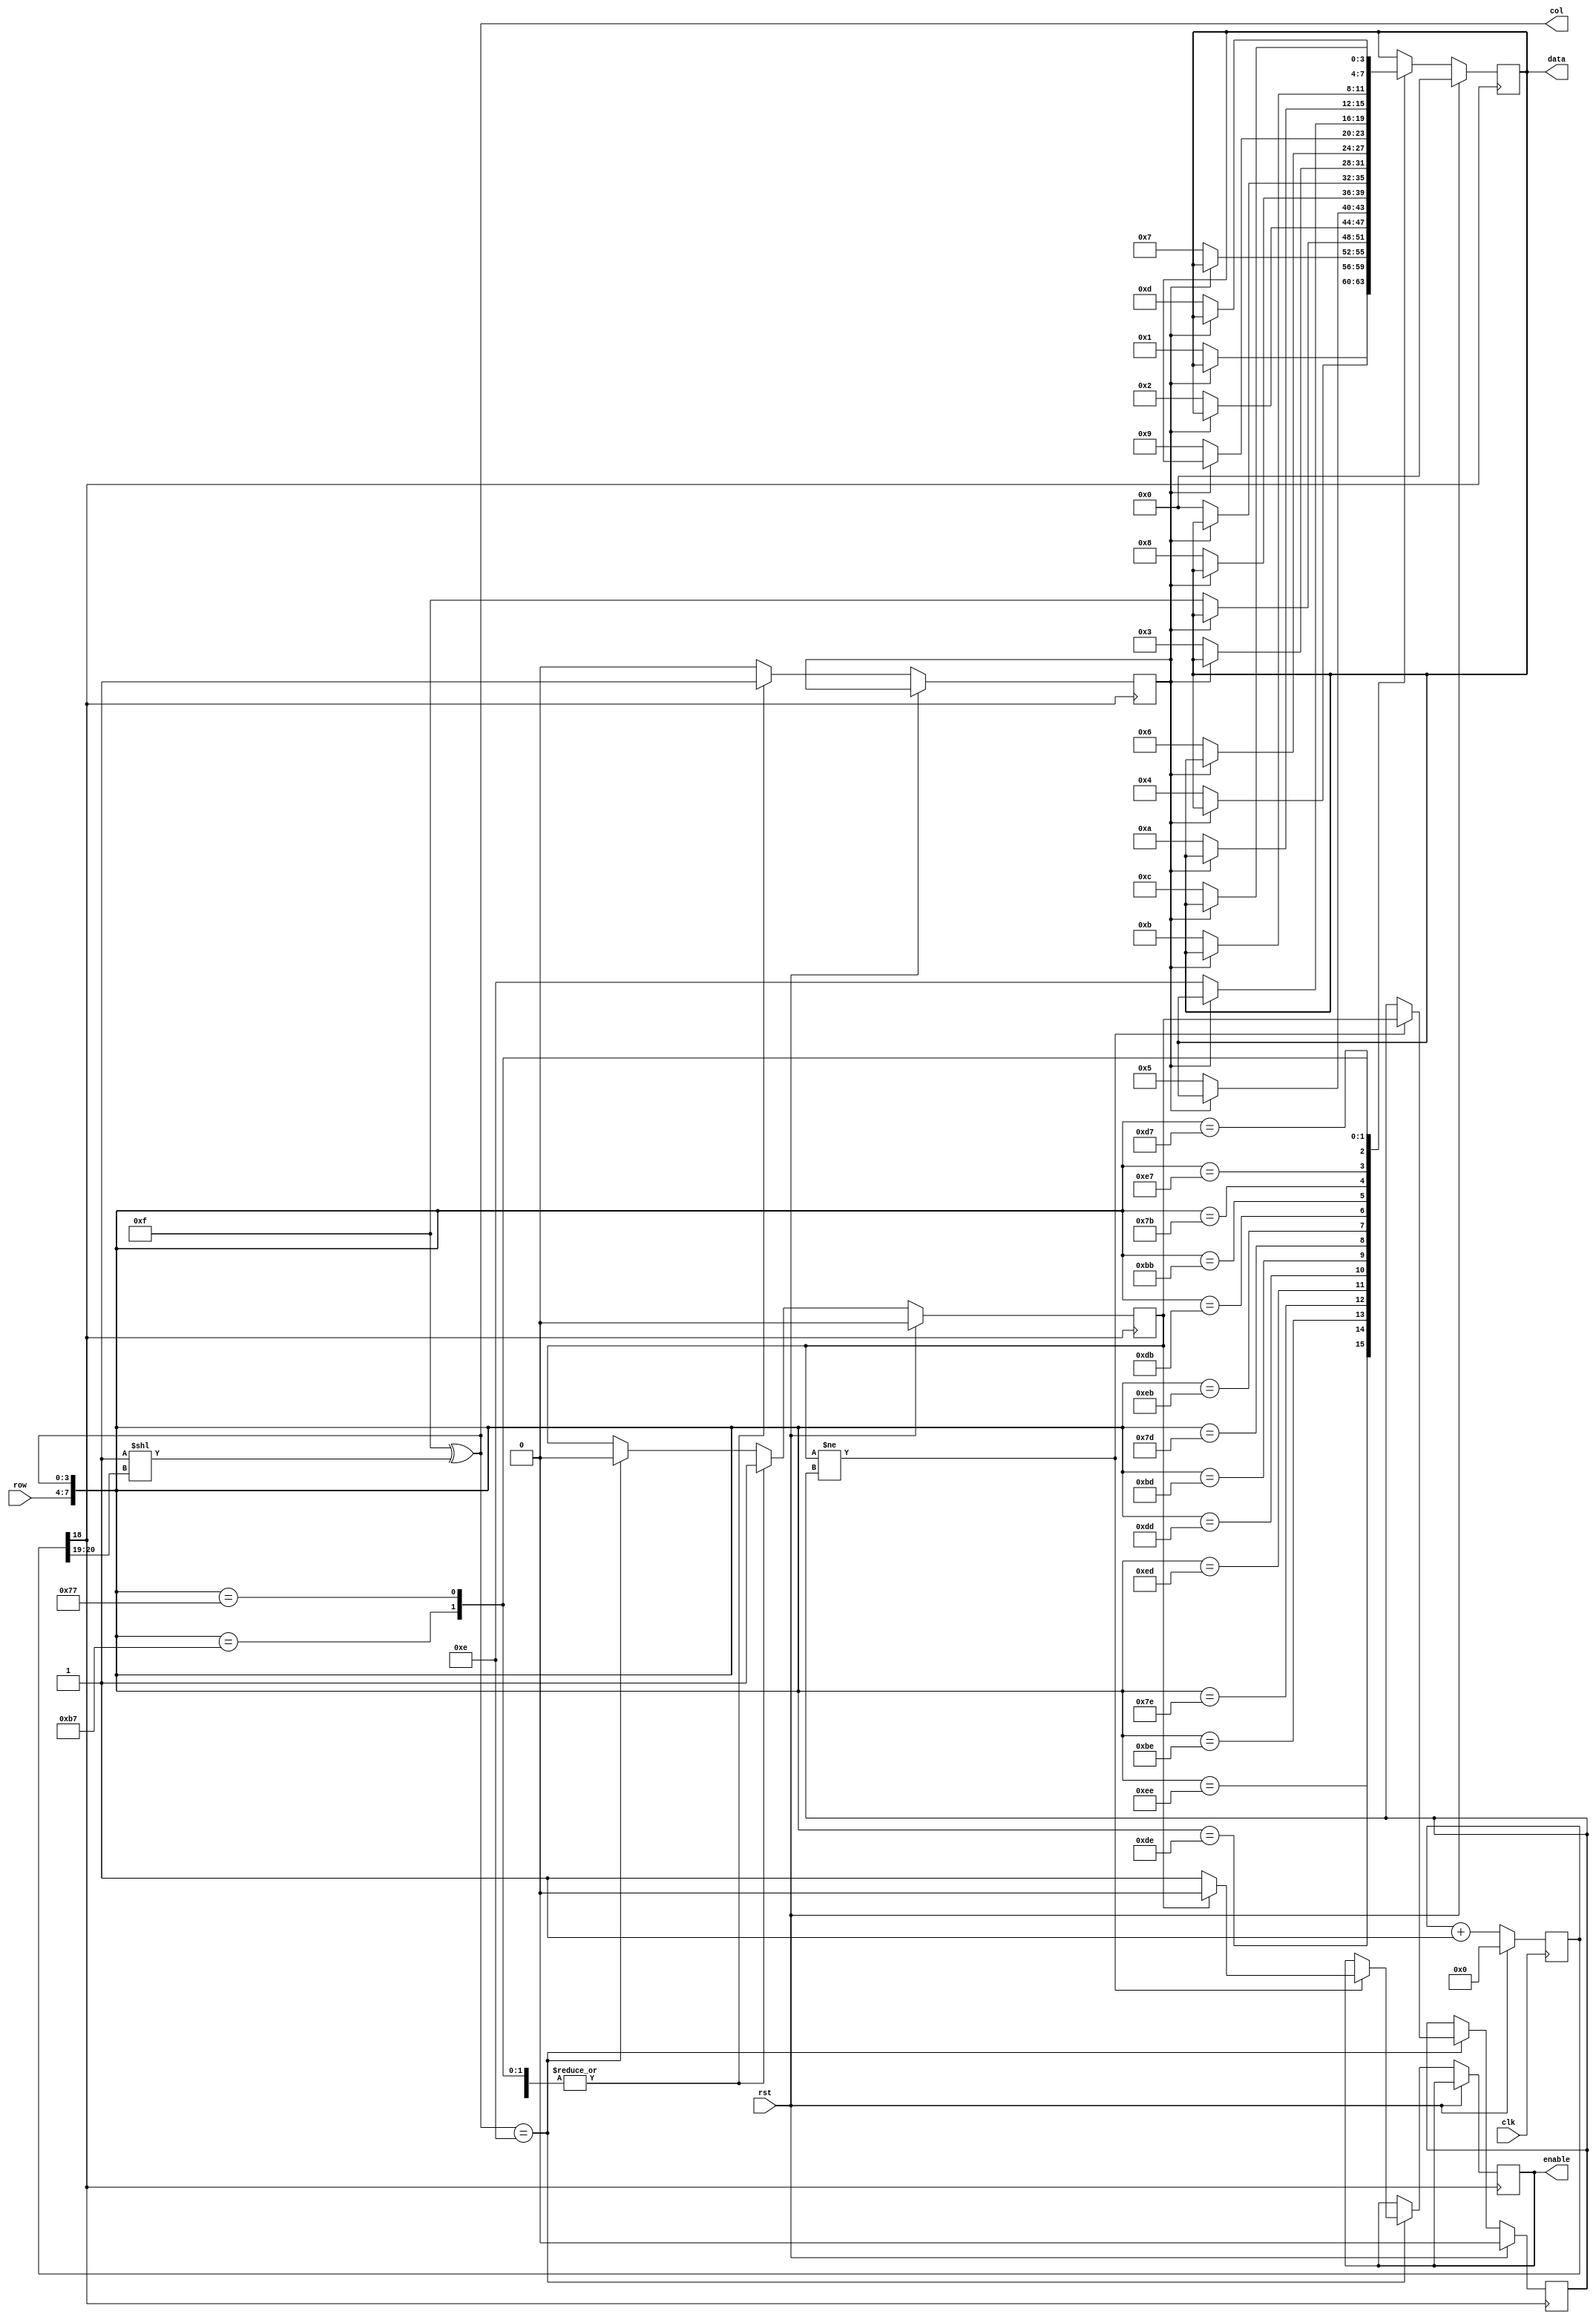
module Keyboard(
    input clk,
    input rst,
    input  [3:0]    row,
    output [3:0]    col,
    output reg [3:0] data,
    output reg enable
);

reg [20:0] clkcnt = 0;

always @(posedge clk)
begin
    if(rst) begin
        clkcnt = 0;
    end else begin
        clkcnt = clkcnt +1'b1;
    end
end

wire [1:0] keyclk = clkcnt[20:19];
assign col = 4'b1111 ^ (1<<keyclk);
reg lock = 0;

reg las_inp;
reg inp;

always @(posedge clkcnt[18])
begin
    if(rst) begin
        data = 0;
		inp = 0;
		las_inp = 0;
    end else begin
        if(col == 4'b1110) begin
			if(inp != las_inp) begin
				if(inp == 1'b0) begin
					enable = 1;
				end else begin
					enable = 0;
				end
				las_inp = inp;
            end else begin
                enable = enable;
            end
			inp = 0;
		end
        case({row,col})
            8'b1110_1110: begin
                if(lock == 1'b0) begin
                    data = 4'h1;
                    lock = 1'b1;
                end
				inp = 1'b1;
            end
            8'b1101_1110: begin
                if(lock == 1'b0) begin
                    data = 4'h4;
                    lock = 1'b1;
                end
				inp = 1'b1;
            end
            8'b1011_1110: begin
                if(lock == 1'b0) begin
                    data = 4'h7;
                    lock = 1'b1;
                end
				inp = 1'b1;
            end
            8'b0111_1110: begin
                if(lock == 1'b0) begin
                    data = 4'hf;
                    lock = 1'b1;
                end
				inp = 1'b1;
            end
            8'b1110_1101: begin
                if(lock == 1'b0) begin
                    data = 4'h2;
                    lock = 1'b1;
                end
				inp = 1'b1;
            end
            8'b1101_1101: begin
                if(lock == 1'b0) begin
                    data = 4'h5;
                    lock = 1'b1;
                end
				inp = 1'b1;
            end
            8'b1011_1101: begin
                if(lock == 1'b0) begin
                    data = 4'h8;
                    lock = 1'b1;
                end
				inp = 1'b1;
            end
            8'b0111_1101: begin
                if(lock == 1'b0) begin
                    data = 4'h0;
                    lock = 1'b1;
                end
				inp = 1'b1;
            end
            8'b1110_1011: begin
                if(lock == 1'b0) begin
                    data = 4'h3;
                    lock = 1'b1;
                end
				inp = 1'b1;
            end
            8'b1101_1011: begin
                if(lock == 1'b0) begin
                    data = 4'h6;
                    lock = 1'b1;
                end
				inp = 1'b1;
            end
            8'b1011_1011: begin
                if(lock == 1'b0) begin
                    data = 4'h9;
                    lock = 1'b1;
                end
				inp = 1'b1;
            end
            8'b0111_1011: begin
                if(lock == 1'b0) begin
                    data = 4'he;
                    lock = 1'b1;
                end
				inp = 1'b1;
            end
            8'b1110_0111: begin
                if(lock == 1'b0) begin
                    data = 4'ha;
                    lock = 1'b1;
                end
				inp = 1'b1;
            end
            8'b1101_0111: begin
                if(lock == 1'b0) begin
                    data = 4'hb;
                    lock = 1'b1;
                end
				inp = 1'b1;
            end
            8'b1011_0111: begin
                if(lock == 1'b0) begin
                    data = 4'hc;
                    lock = 1'b1;
                end
				inp = 1'b1;
            end
            8'b0111_0111: begin
                if(lock == 1'b0) begin
                    data = 4'hd;
                    lock = 1'b1;
                end
				inp = 1'b1;
            end
            default: begin
                data = data;
                lock = 1'b0;
            end
        endcase
    end
end

endmodule